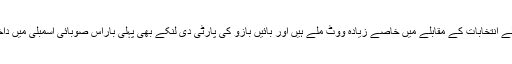
اپوزيشن کی گرين پارٹی کو پچھلے انتخابات کے مقابلے ميں خاصے زيادہ ووٹ ملے ہيں اور بائيں بازو کی پارٹی دی لنکے بھی پہلی باراس صوبائی اسمبلی ميں داخل ہونے ميں کامياب ہوگئی ہے۔